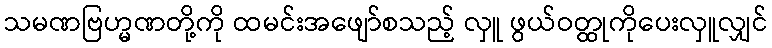
သမဏဗြဟ္မဏတို့ကို ထမင်းအဖျော်စသည့် လှူ ဖွယ်ဝတ္ထုကိုပေးလှူလျှင်